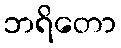
ဘရိတော